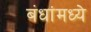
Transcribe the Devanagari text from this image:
बंधांमध्ये